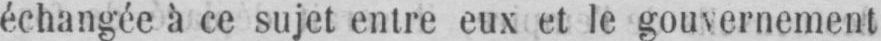
échangée à ce sujet entre eux et le gouvernement